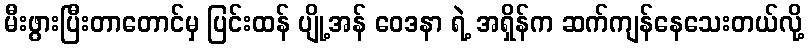
မီးဖွားပြီးတာတောင်မှ ပြင်းထန် ပျို့အန် ဝေဒနာ ရဲ့ အရှိန်က ဆက်ကျန်နေသေးတယ်လို့